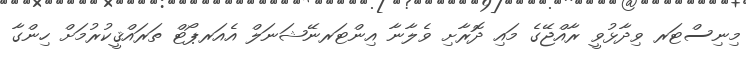
މިނިސްޓަރ ވިދާޅުވީ ރާއްޖޭގެ މައި ދޮރާށި ވެލާނާ އިންޓަރނޭޝަނަލް އެއަރޕޯޓް ތަރައްޤީކުރުމަށް ހިންގާ